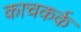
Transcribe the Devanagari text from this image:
काचकर्क